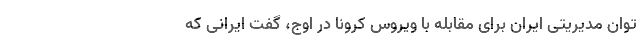
توان مدیریتی ایران برای مقابله با ویروس کرونا در اوج، گفت ایرانی که